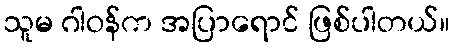
သူမ ဂါဝန်က အပြာရောင် ဖြစ်ပါတယ်။